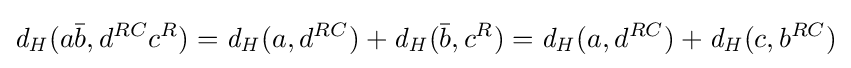
{\mathit {d_{H}}}(a{\bar {b}},d^{RC}c^{R})={\mathit {d_{H}}}(a,d^{RC})+{\mathit {d_{H}}}({\bar {b}},c^{R})={\mathit {d_{H}}}(a,d^{RC})+{\mathit {d_{H}}}(c,b^{RC})